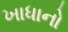
ખાધાનો